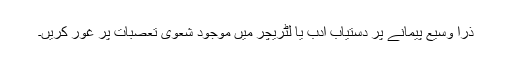
ذرا وسیع پیمانے پر دستیاب ادب یا لِٹریچر میں موجود شعوی تعصبات پر غور کریں۔